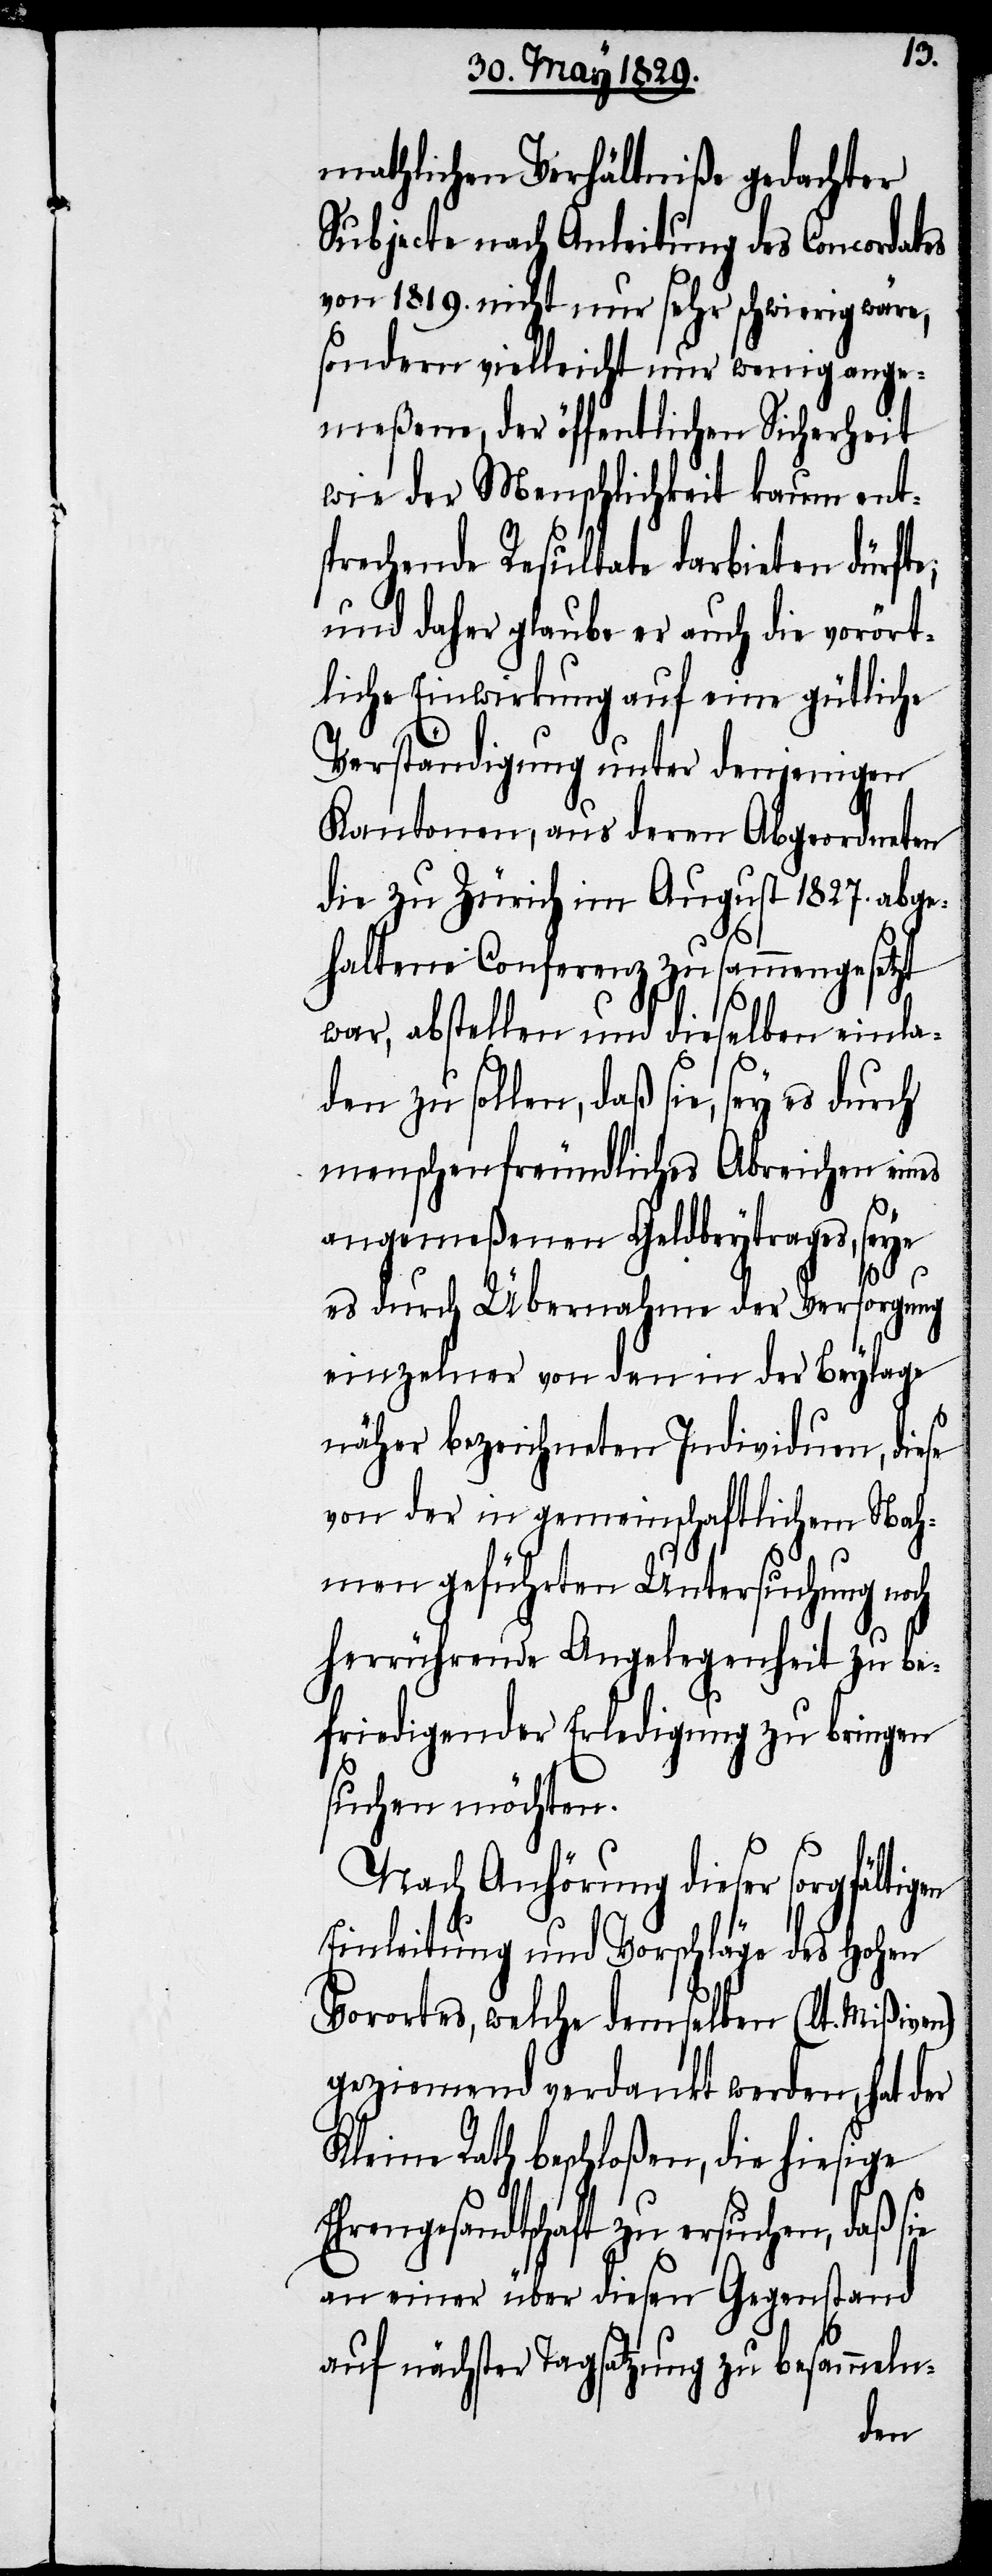
mathlichen Verhältniße gedachter
Subjecte nach Anleitung des Concordates
von 1819. nicht nur sehr schwierig wäre,
sondern vielleicht nur wenig ange¬
meßene, der öffentlichen Sicherheit
wie der Menschlichkeit kaum ents¬
prechende Resultate darbieten dürfte;
und daher glaube er auch die vorört¬
liche Einwirkung auf eine gütliche
Verständigung unter denjenigen
Kantonen, aus deren Abgeordneten
die zu Zürich im August 1827. abge¬
haltenen Conferenz zusammengesetzt
war, abstellen und dieselben einla¬
den zu sollen, daß sie, sey es durch
menschenfreundliches Abreichen eines
angemeßenen Geldbeytrages, seye
Eh¬
es durch Übernahme der Versorgung
einzelner von den in der Beylage
näher bezeichneten Individuen, diese
von der in gemeinschaftlichem Nah¬
men geführten Untersuchungen
herrührende Angelegenheit zu be¬
friedigender Erledigung zu bringen
suchen möchten.
Nach Anhörung dieser sorgfältigen
Einleitung und Vorschläge des Hohen
Vorortes, welche demselben (lt. Mißiven)
geziemend verdankt werden, hat der
Kleine Rath beschloßen, die hiesige
rengesandtschaft zu ersuchen, daß
an einer über diesen Gegenstand
auf nächster Tagsatzung zu besammeln-